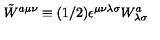
\tilde { W } ^ { a \mu \nu } \equiv ( 1 / 2 ) \epsilon ^ { \mu \nu \lambda \sigma } W _ { \lambda \sigma } ^ { a }